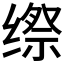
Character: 𮉯